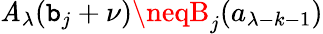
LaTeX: \mathit{A}_{\lambda}(\mathtt{b}_{j}+\nu)\neqB_{j}(a_{\lambda-k-1})